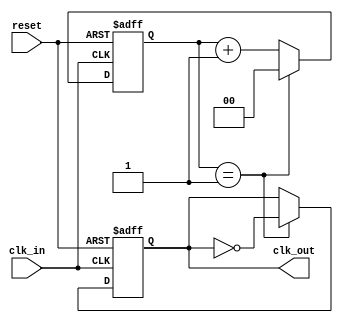
module ClockDividerBuffer #(
    parameter DIV_FACTOR = 2 // Default division factor
)(
    input wire clk_in,
    input wire reset,
    output reg clk_out
);

    // Internal counter
    reg [$clog2(DIV_FACTOR):0] count; // Counter size based on DIV_FACTOR

    // Initialize outputs
    initial begin
        clk_out = 0;
        count = 0;
    end

    // Clock divider logic
    always @(posedge clk_in or posedge reset) begin
        if (reset) begin
            count <= 0;
            clk_out <= 0; // Reset the output clock
        end else begin
            if (count == (DIV_FACTOR - 1)) begin
                clk_out <= ~clk_out; // Toggle the output clock
                count <= 0; // Reset counter
            end else begin
                count <= count + 1; // Increment the counter
            end
        end
    end

endmodule